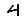
Digit: 4